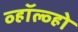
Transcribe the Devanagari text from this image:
व्हॉल्व्हो